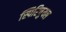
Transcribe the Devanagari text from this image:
स्पिरिचुयल